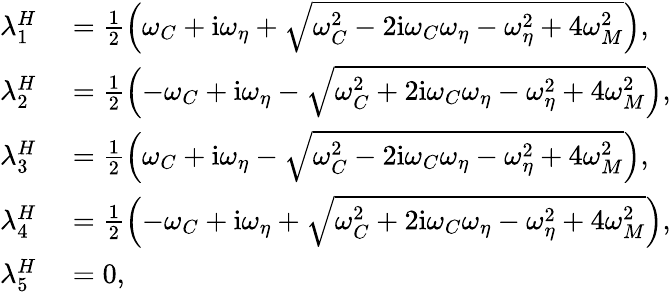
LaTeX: \begin{array}{rl}{\lambda_{1}^{H}}&{{}=\frac{1}{2}\left(\omega_{C}+\mathrm{i}\omega_{\eta}+\sqrt{\omega_{C}^{2}-2\mathrm{i}\omega_{C}\omega_{\eta}-\omega_{\eta}^{2}+4\omega_{M}^{2}}\right),}\\ {\lambda_{2}^{H}}&{{}=\frac{1}{2}\left(-\omega_{C}+\mathrm{i}\omega_{\eta}-\sqrt{\omega_{C}^{2}+2\mathrm{i}\omega_{C}\omega_{\eta}-\omega_{\eta}^{2}+4\omega_{M}^{2}}\right),}\\ {\lambda_{3}^{H}}&{{}=\frac{1}{2}\left(\omega_{C}+\mathrm{i}\omega_{\eta}-\sqrt{\omega_{C}^{2}-2\mathrm{i}\omega_{C}\omega_{\eta}-\omega_{\eta}^{2}+4\omega_{M}^{2}}\right),}\\ {\lambda_{4}^{H}}&{{}=\frac{1}{2}\left(-\omega_{C}+\mathrm{i}\omega_{\eta}+\sqrt{\omega_{C}^{2}+2\mathrm{i}\omega_{C}\omega_{\eta}-\omega_{\eta}^{2}+4\omega_{M}^{2}}\right),}\\ {\lambda_{5}^{H}}&{{}=0,}\end{array}